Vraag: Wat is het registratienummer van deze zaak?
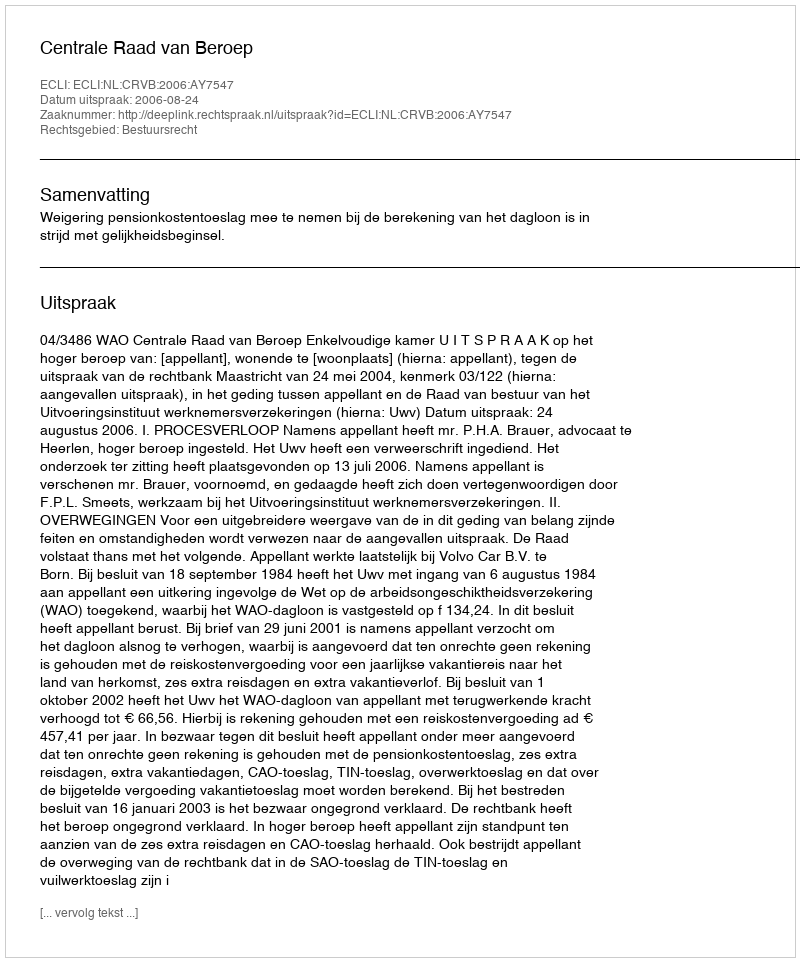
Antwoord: http://deeplink.rechtspraak.nl/uitspraak?id=ECLI:NL:CRVB:2006:AY7547